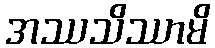
အဿသိဿာမိ